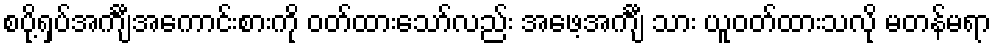
စပို့ရှပ်အင်္ကျီအကောင်းစားကို ဝတ်ထားသော်လည်း အဖေ့အင်္ကျီ သား ယူဝတ်ထားသလို မတန်မရာ